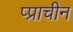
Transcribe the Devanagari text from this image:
प्प्राचीन